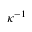
\kappa ^ { - 1 }